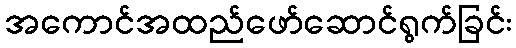
အကောင်အထည်ဖော်ဆောင်ရွက်ခြင်း